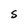
Character: S